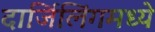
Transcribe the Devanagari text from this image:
दार्जिलिंगमध्ये